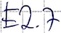
Text: E2.7